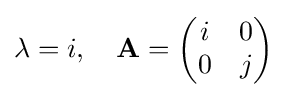
\lambda =i,\quad \mathbf {A} ={\begin{pmatrix}i&0\\0&j\\\end{pmatrix}}